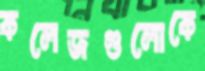
কলেজগুলোকে